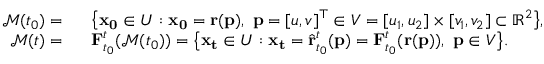
\begin{array} { r l } { \mathcal { M } ( t _ { 0 } ) = } & { \ \ \big \{ \mathbf { x _ { 0 } } \in U : \mathbf { x _ { 0 } } = \mathbf { r } ( \mathbf { p } ) , \ \mathbf { p } = [ u , v ] ^ { \top } \in V = [ u _ { 1 } , u _ { 2 } ] \times [ v _ { 1 } , v _ { 2 } ] \subset \mathbb { R } ^ { 2 } \big \} , } \\ { \mathcal { M } ( t ) = } & { \ \ \mathbf { F } _ { t _ { 0 } } ^ { t } ( \mathcal { M } ( t _ { 0 } ) ) = \big \{ \mathbf { x _ { t } } \in U : \mathbf { x _ { t } } = \hat { \mathbf { r } } _ { t _ { 0 } } ^ { t } ( \mathbf { p } ) = \mathbf { F } _ { t _ { 0 } } ^ { t } ( \mathbf { r } ( \mathbf { p } ) ) , \ \mathbf { p } \in V \big \} . } \end{array}